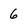
Character: 6